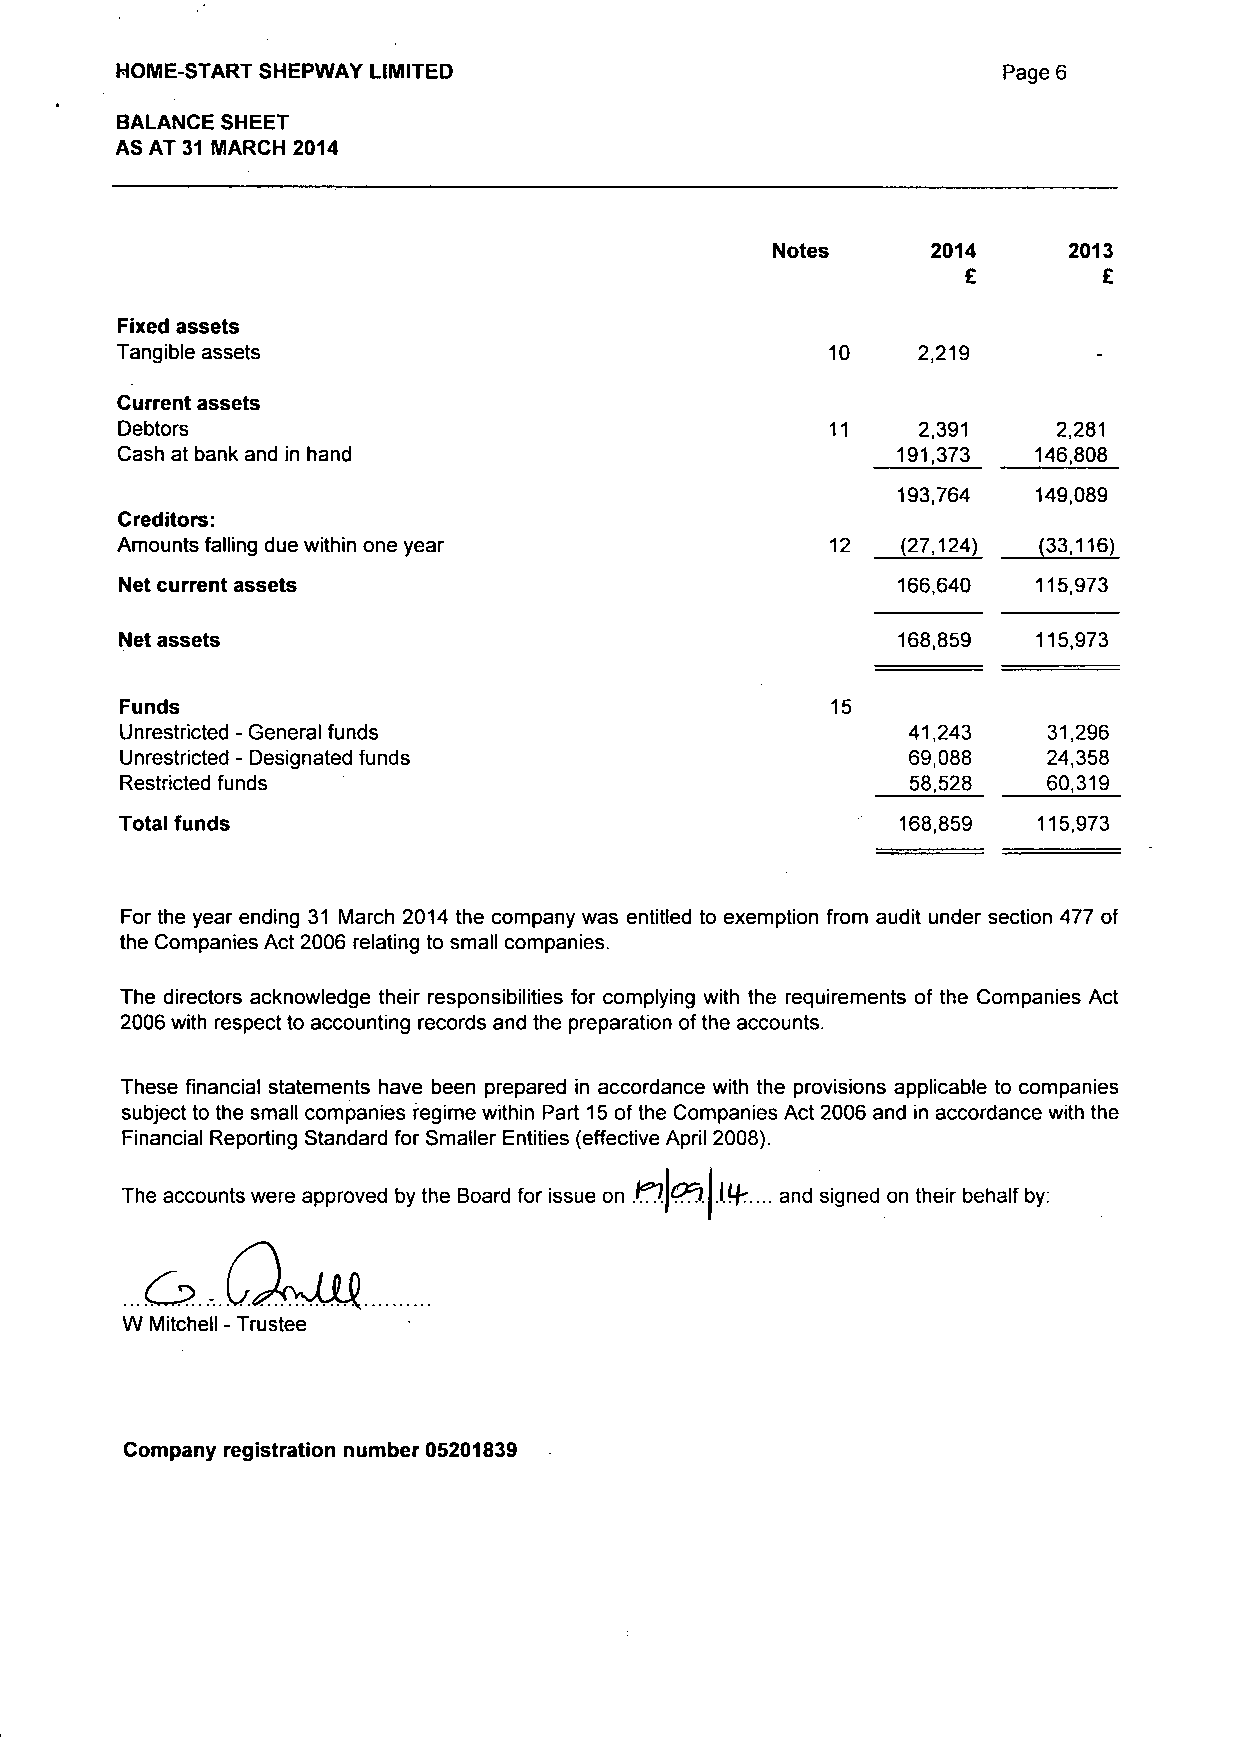
HOME-START SHEPWAY LIMITED                                Page 6
 BALANCE SHEET
 AS AT 31 MARCH 2014
 Notes      2014     2013
 £        £
 Fixed assets
 Tangible assets                                10    2,219       -
 Current assets
 Debtors                                        11    2,391    2,281
 Cash at bank and in hand                           191,373  146,808
 193,764   149,089
 Creditors:
 Amounts falling due within one year            12   (27,124) (33,116)
 Net current assets                                 166,640   115,973
 Net assets                                         168,859   115,973
 Funds                                          15
 Unrestricted - General funds                        41,243   31,296
 Unrestricted - Designated funds                     69,088   24,358
 Restricted funds                                    58,528   60,319
 Total funds                                         168,859  115,973
 For the year ending 31 March 2014 the company was entitled to exemption from audit under section 477 of
 the Companies Act 2006 relating to small companies.
 The directors acknowledge their responsibilities for complying with the requirements of the Companies Act
 2006 with respect to accounting records and the preparation of the accounts.
 These financial statements have been prepared in accordance with the provisions applicable to companies
 subject to the small companies regime within Part 15 of the Companies Act 2006 and in accordance with the
 Financial Reporting Standard for Smaller Entities (effective April 2008).
 The accounts were approved by the Board for issue on and signed on their behalf by:
 o>.  CA>JIM
 W Mitchell - Trustee
 Company registration number 05201839